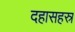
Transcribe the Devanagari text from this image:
दहासहस्र